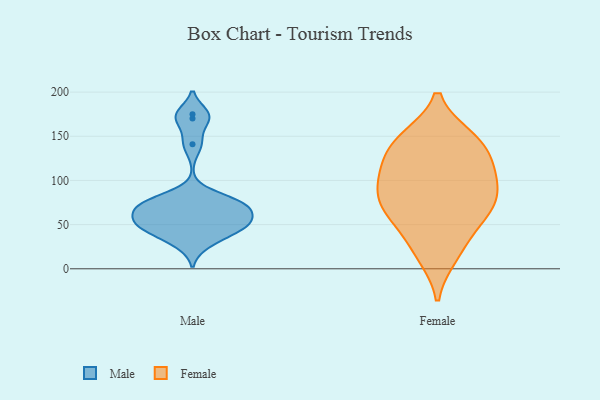
{"axis": {"x": "Production Output", "y": "Value"}, "legend": ["Female", "Male"], "data": [{"x": "", "y": 67, "type": "Male"}, {"x": "", "y": 28, "type": "Male"}, {"x": "", "y": 73, "type": "Male"}, {"x": "", "y": 57, "type": "Male"}, {"x": "", "y": 56, "type": "Male"}, {"x": "", "y": 42, "type": "Male"}, {"x": "", "y": 175, "type": "Male"}, {"x": "", "y": 53, "type": "Male"}, {"x": "", "y": 78, "type": "Male"}, {"x": "", "y": 141, "type": "Male"}, {"x": "", "y": 170, "type": "Male"}, {"x": "", "y": 75, "type": "Male"}, {"x": "", "y": 74, "type": "Male"}, {"x": "", "y": 48, "type": "Male"}, {"x": "", "y": 43, "type": "Male"}, {"x": "", "y": 81, "type": "Female"}, {"x": "", "y": 75, "type": "Female"}, {"x": "", "y": 145, "type": "Female"}, {"x": "", "y": 15, "type": "Female"}, {"x": "", "y": 144, "type": "Female"}, {"x": "", "y": 44, "type": "Female"}, {"x": "", "y": 112, "type": "Female"}, {"x": "", "y": 62, "type": "Female"}, {"x": "", "y": 91, "type": "Female"}, {"x": "", "y": 142, "type": "Female"}, {"x": "", "y": 148, "type": "Female"}, {"x": "", "y": 71, "type": "Female"}, {"x": "", "y": 20, "type": "Female"}, {"x": "", "y": 103, "type": "Female"}, {"x": "", "y": 65, "type": "Female"}, {"x": "", "y": 109, "type": "Female"}, {"x": "", "y": 119, "type": "Female"}]}